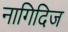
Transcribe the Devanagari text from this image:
नागिदिज